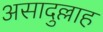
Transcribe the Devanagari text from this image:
असादुल्लाह